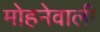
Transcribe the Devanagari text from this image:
मोहनेवाली